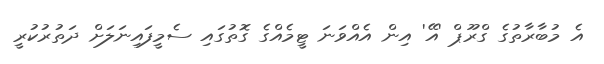
އެ މުބާރާތުގެ ގްރޫޕް 'އޭ' އިން އެއްވަނަ ޓީމެއްގެ ގޮތުގައި ސެމީފައިނަލަށް ދަތުރުކުރީ